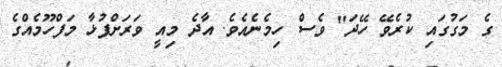
ގެ މަގުގައި ކުރެވޭ ހޭދަ" ވެސް ހިމެނެއެވެ. އާދެ މިއީ ވަރަށްފުޅާ މަފްހޫމެއްގެ